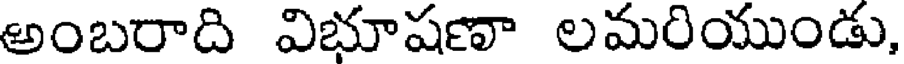
అంబరాది విభూషణా లమరియుండు,